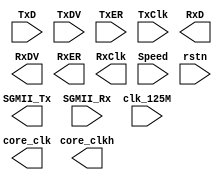


/*
* This core is to adapt from GMII to SGMII interface. 
* This core requires hardIP to perform serdes  
*/




module GMII_SGMII (
//GMII interface
input [7:0] TxD,
input TxDV,
input TxER,
input TxClk,

output [7:0] RxD,
output RxDV,
output RxER,
output RxClk,

//SGMII Interface

output SGMII_Tx,
input  SGMII_Rx,

//Supplementary

input clk_125M,
input [2:0] Speed,
input rstn,
output core_clk, 	//This clock will change according to speed, will be either 125,25,2.5
output core_clkh	//This clock will change according to speed, will be either 125,12.5,1.25
);









endmodule